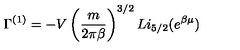
\Gamma ^ { ( 1 ) } = - V \left( \frac { m } { 2 \pi \beta } \right) ^ { 3 / 2 } L i _ { 5 / 2 } ( e ^ { \beta \mu } )